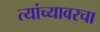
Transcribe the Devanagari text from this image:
त्यांच्यावरचा